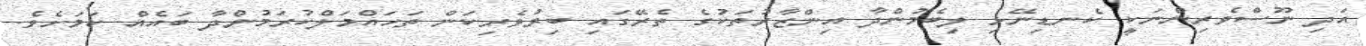
އަދި ނޫސްވެރިންނަކީ ކެނޑިނޭޅި ލިބެމުންދާ އިންޒާރުތަކުގެ ތެރޭގައި ބިރުވެރިކަން ތަހައްމަލްކުރަމުންދާ ބައެއް ކަމަށެވެ.